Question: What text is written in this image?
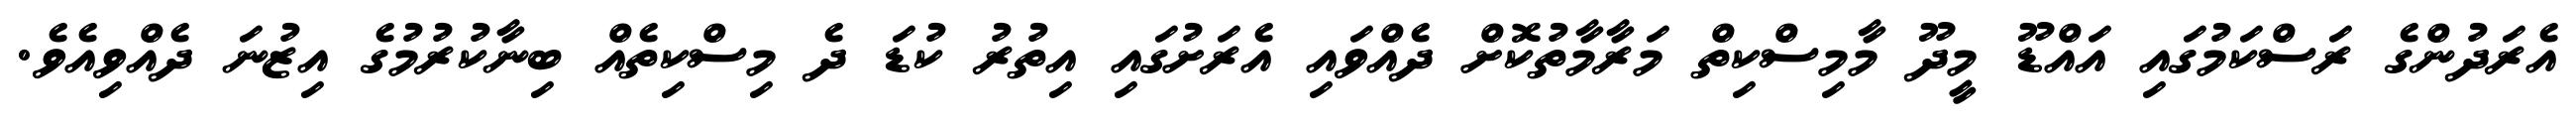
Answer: އެރަދުންގެ ރަސްކަމުގައި އައްޑޫ މީދޫ މާމިސްކިތް މަރާމާތުކޮށް ދެއްވައި އެރަށުގައި އިތުރު ކުޑަ ދެ މިސްކިތެއް ބިނާކުރުމުގެ އިޒުނަ ދެއްވިއެވެ.